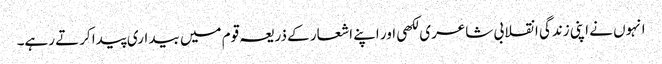
انہوں نے اپنی زندگی انقلابی شاعری لکھی اور اپنے اشعار کے ذریعہ قوم میں بیداری پیدا کرتے رہے۔